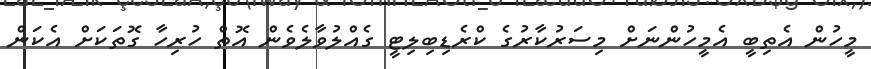
މީހުން އެތިބީ އެމީހުންނަށް މިސަރުކާރުގެ ކްރެޑިބިލިޓީ ގެއްލުވާލެވެން އޮތް ހުރިހާ ގޮތަކަށް އެކަން